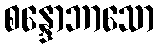
စန္ဒောဘာသော